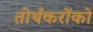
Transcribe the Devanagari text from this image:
तीर्थंकरोंको